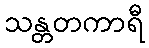
သန္တတကာရီ